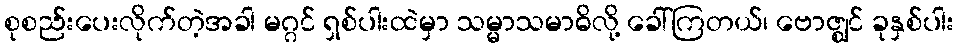
စုစည်းပေးလိုက်တဲ့အခါ မဂ္ဂင် ရှစ်ပါးထဲမှာ သမ္မာသမာဓိလို့ ခေါ်ကြတယ်၊ ဗောဇ္ဈင် ခုနှစ်ပါး